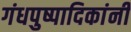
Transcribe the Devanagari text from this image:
गंधपुष्पादिकांनीं